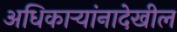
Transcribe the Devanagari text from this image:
अधिकाऱ्यांनादेखील